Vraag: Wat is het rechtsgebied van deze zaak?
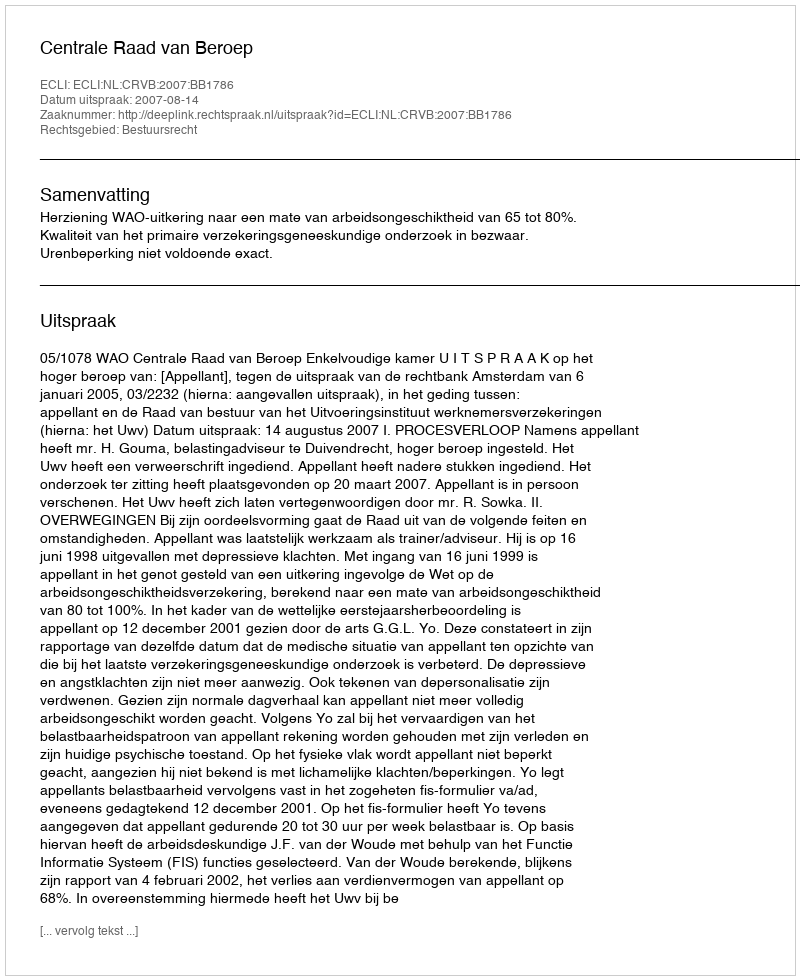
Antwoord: Bestuursrecht